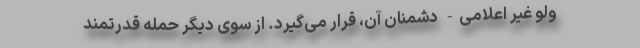
ولو غیر اعلامی- دشمنان آن، قرار می‌گیرد. از سوی دیگر حمله قدرتمند